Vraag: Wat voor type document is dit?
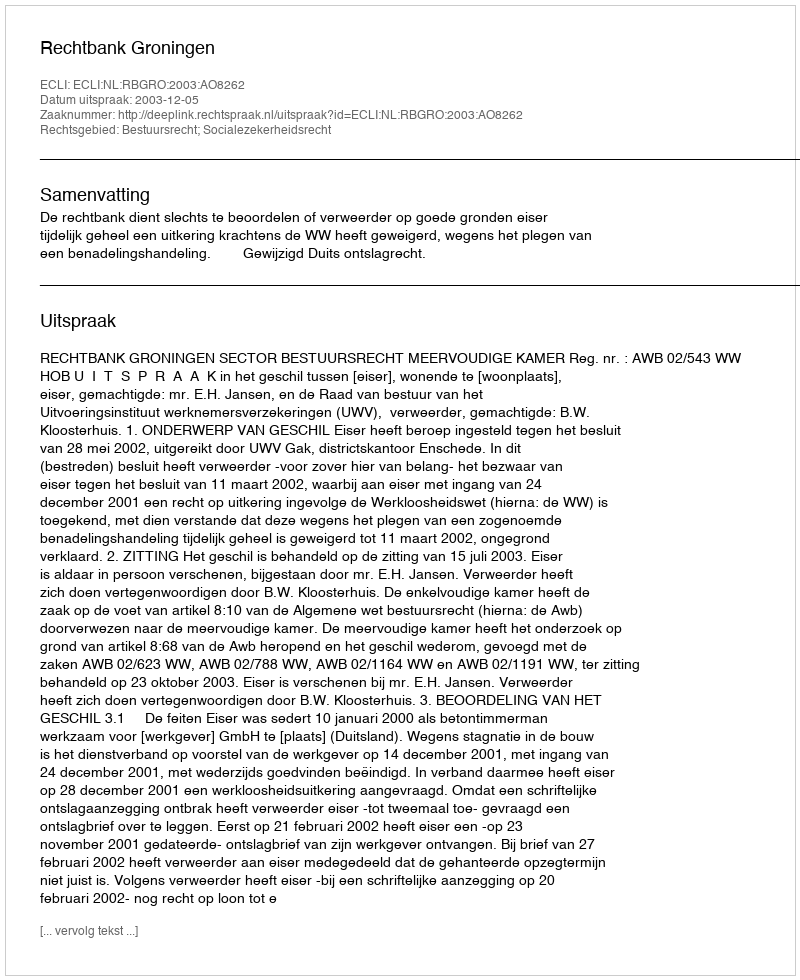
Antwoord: Uitspraak